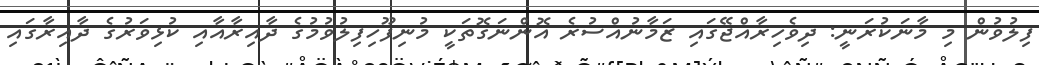
ފިލުވުން މި މާނަކުރަނީ: ދިވެހިރާއްޖޭގައި ޒަމާނުއްސުރެ އޮންނަގޮތަކީ މުނިފޫހިފިލުވުމުގެ ދާއިރާއާއި ކުޅިވަރުގެ ދާއިރާގައި